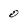
Character: 0